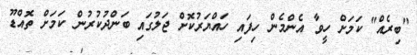
"ބިރެއް" ކަމަށް ހީވާ އެންމެން ހިފައި ހައްޔަރުކޮށް ޖަލުގައި ބަންދުކުރުން ކަމަށް ތޮއްޑޫ